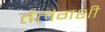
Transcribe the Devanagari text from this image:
तेलंगशी